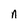
Character: n